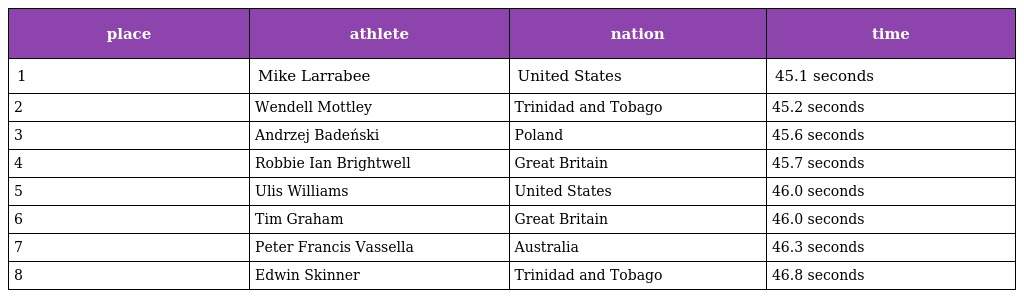
| place | athlete | nation | time |
 | --- | --- | --- | --- |
 | 1 | Mike Larrabee | United States | 45.1 seconds |
 | 2 | Wendell Mottley | Trinidad and Tobago | 45.2 seconds |
 | 3 | Andrzej Badeński | Poland | 45.6 seconds |
 | 4 | Robbie Ian Brightwell | Great Britain | 45.7 seconds |
 | 5 | Ulis Williams | United States | 46.0 seconds |
 | 6 | Tim Graham | Great Britain | 46.0 seconds |
 | 7 | Peter Francis Vassella | Australia | 46.3 seconds |
 | 8 | Edwin Skinner | Trinidad and Tobago | 46.8 seconds |